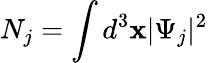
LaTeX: N_{j}=\int d^{3}\mathbf{x}|\Psi_{j}|^{2}